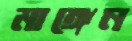
মাঙ্গেন